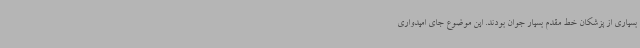
بسیاری از پزشکان خط مقدم بسیار جوان بودند. این موضوع جای امیدواری